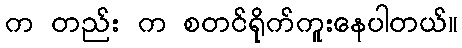
က တည်း က စတင်ရိုက်ကူးနေပါတယ်။